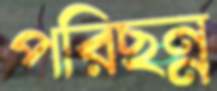
পরিছন্ন